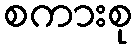
စကားစု